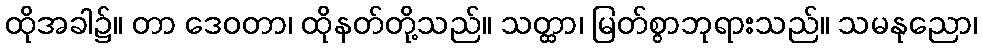
ထိုအခါ၌။ တာ ဒေဝတာ၊ ထိုနတ်တို့သည်။ သတ္ထာ၊ မြတ်စွာဘုရားသည်။ သမနုညော၊